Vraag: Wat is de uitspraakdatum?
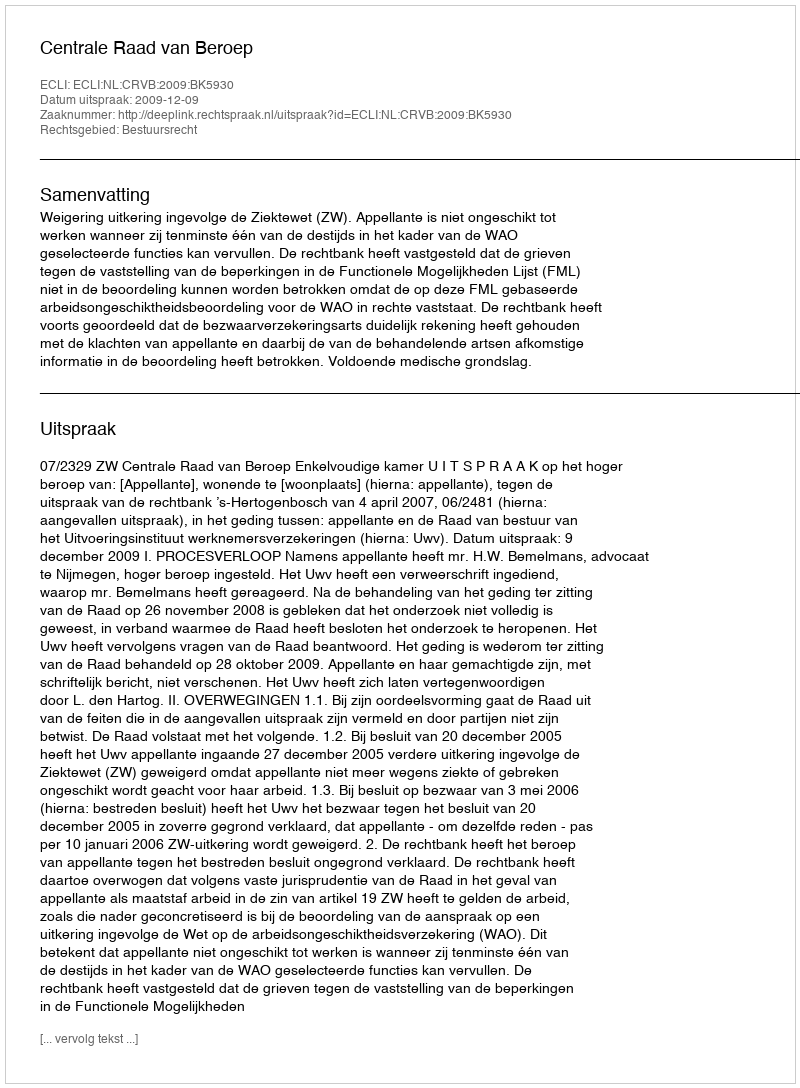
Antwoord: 2009-12-09